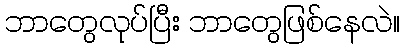
ဘာတွေလုပ်ပြီး ဘာတွေဖြစ်နေလဲ။